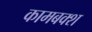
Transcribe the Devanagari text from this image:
कामबक्श